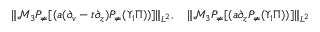
\begin{array} { r } { \| \mathcal { M } _ { 3 } P _ { \neq } [ ( a ( \partial _ { v } - t \partial _ { z } ) P _ { \neq } ( \Upsilon _ { 1 } \Pi ) ) ] \| _ { L ^ { 2 } } , \quad \| \mathcal { M } _ { 3 } P _ { \neq } [ ( a \partial _ { z } P _ { \neq } ( \Upsilon _ { 1 } \Pi ) ) ] \| _ { L ^ { 2 } } } \end{array}